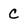
Character: C